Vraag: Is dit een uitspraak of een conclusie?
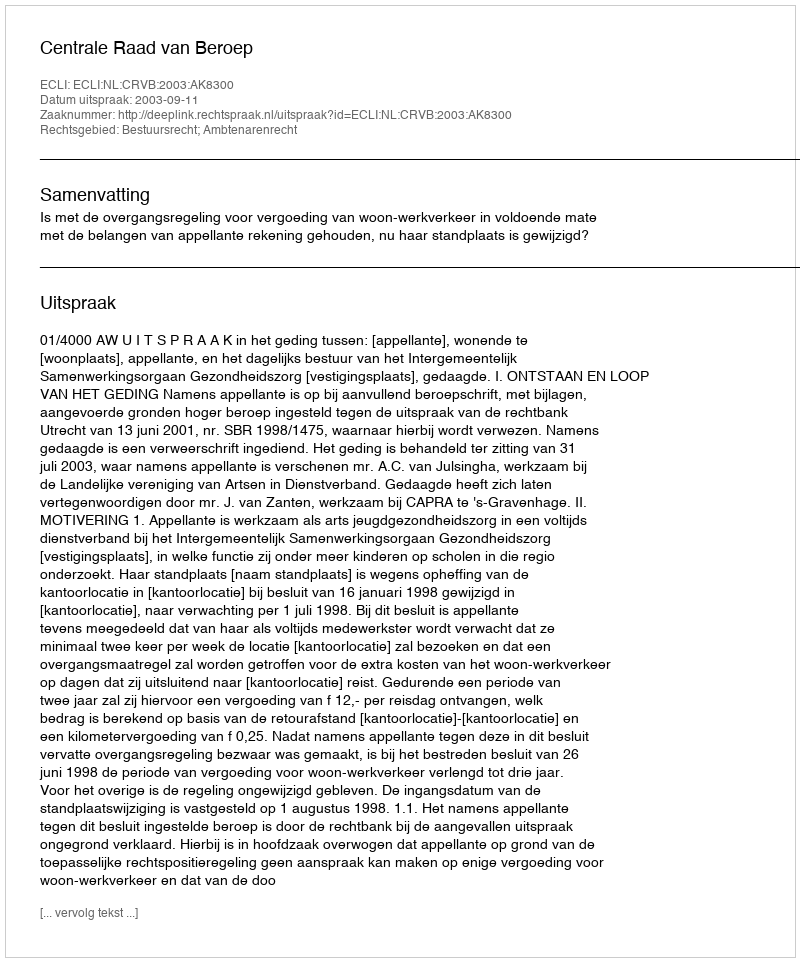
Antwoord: Uitspraak